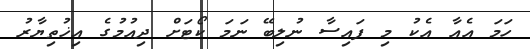
ހަމަ އެއާ އެކު މި ފައިސާ ނުލިބޭ ނަމަ ކޯޓަށް ދިއުމުގެ އިޚުތިޔާރު